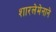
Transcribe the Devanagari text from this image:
शारलेमेनाने